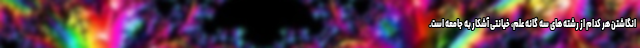
انگاشتن هر کدام از رشته های سه گانه علم، خیانتی آشکار به جامعه است.